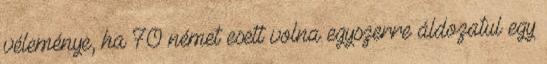
véleménye, ha 70 német esett volna egyszerre áldozatul egy